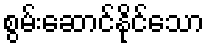
စွမ်းဆောင်နိုင်သော